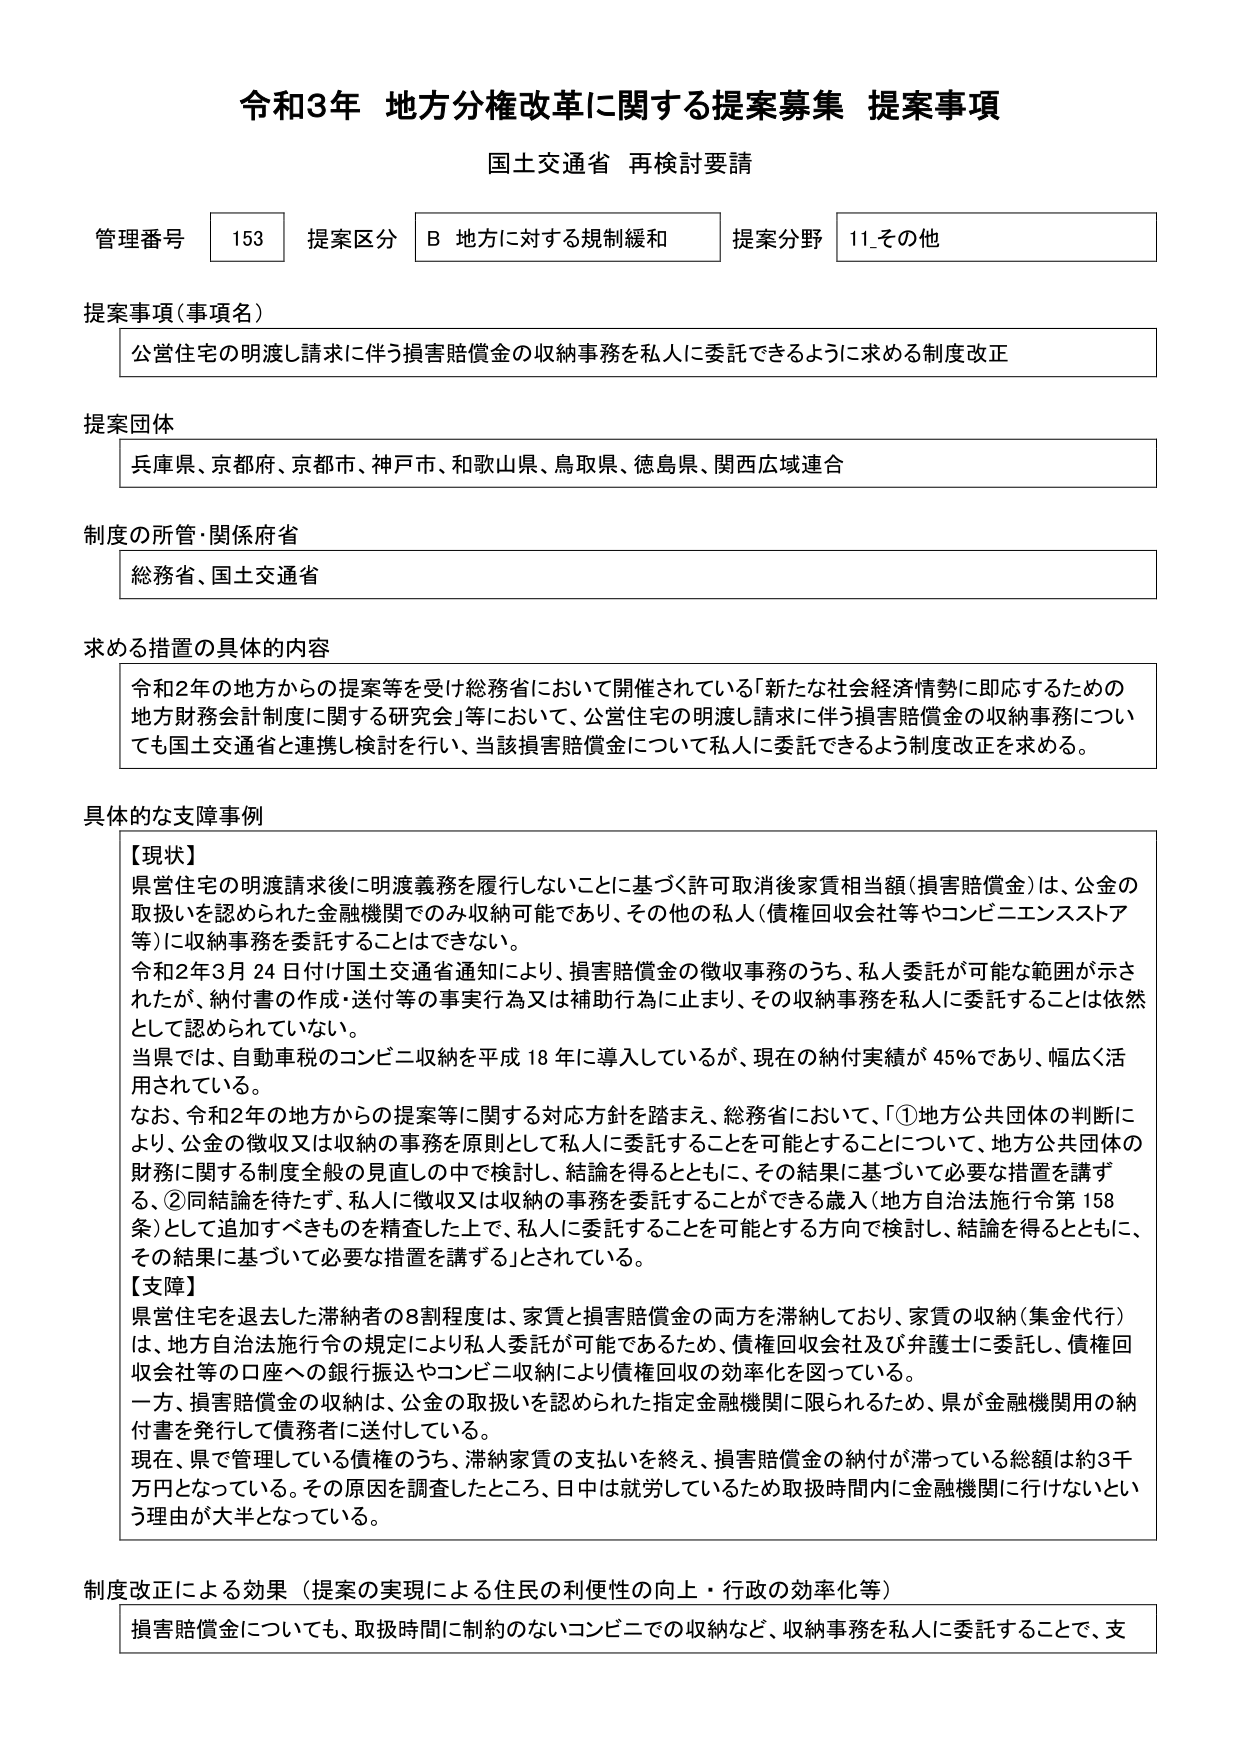
令和3年 地方分権改革に関する提案募集 提案事項
国土交通省 再検討要請

管理番号 153 提案区分 B 地方に対する規制緩和 提案分野 11_その他

提案事項（事項名）
公営住宅の明渡し請求に伴う損害賠償金の収納事務を私人に委託できるように求める制度改正

提案団体
兵庫県、京都府、京都市、神戸市、和歌山県、鳥取県、徳島県、関西広域連合

制度の所管・関係府省
総務省、国土交通省

求める措置の具体的内容
令和2年の地方からの提案等を受け総務省において開催されている「新たな社会経済情勢に即応するための地方財務会計制度に関する研究会」等において、公営住宅の明渡し請求に伴う損害賠償金の収納事務についても国土交通省と連携し検討を行い、当該損害賠償金について私人に委託できるよう制度改正を求める。

具体的な支障事例
【現状】
県営住宅の明渡請求後に明渡義務を履行しないことに基づく許可取消後家賃相当額（損害賠償金）は、公金の取扱いを認められた金融機関でのみ収納可能であり、その他の私人（債権回収会社等やコンビニエンスストア等）に収納事務を委託することはできない。
令和2年3月24日付け国土交通省通知により、損害賠償金の徴収事務のうち、私人委託が可能な範囲が示されたが、納付書の作成・送付等の事実行為又は補助行為に止まり、その収納事務を私人に委託することは依然として認められていない。
当県では、自動車税のコンビニ収納を平成18年に導入しているが、現在の納付実績が45％であり、幅広く活用されている。
なお、令和2年の地方からの提案等に関する対応方針を踏まえ、総務省において、「①地方公共団体の判断により、公金の徴収又は収納の事務を原則として私人に委託することを可能とすることについて、地方公共団体の財務に関する制度全般の見直しの中で検討し、結論を得るとともに、その結果に基づいて必要な措置を講ずる、②同結論を待たず、私人に徴収又は収納の事務を委託することができる歳入（地方自治法施行令第158条）として追加すべきものを精査した上で、私人に委託することを可能とする方向で検討し、結論を得るとともに、その結果に基づいて必要な措置を講ずる」とされている。

【支障】
県営住宅を退去した滞納者の8割程度は、家賃と損害賠償金の両方を滞納しており、家賃の収納（集金代行）は、地方自治法施行令の規定により私人委託が可能であるため、債権回収会社及び弁護士に委託し、債権回収会社等の口座への銀行振込やコンビニ収納により債権回収の効率化を図っている。
一方、損害賠償金の収納は、公金の取扱いを認められた指定金融機関に限られるため、県が金融機関用の納付書を発行して債務者に送付している。
現在、県で管理している債権のうち、滞納家賃の支払いを終え、損害賠償金の納付が滞っている総額は約3千万円となっている。その原因を調査したところ、日中は就労しているため取扱時間内に金融機関に行けないという理由が大半となっている。

制度改正による効果（提案の実現による住民の利便性の向上・行政の効率化等）
損害賠償金についても、取扱時間に制約のないコンビニでの収納など、収納事務を私人に委託することで、支